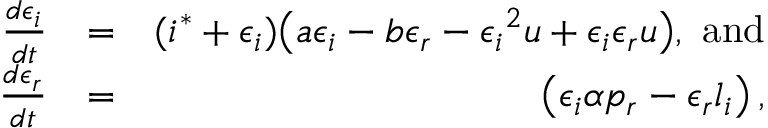
\begin{array} { r l r } { \frac { d \epsilon _ { i } } { d t } } & { = } & { ( i ^ { * } + \epsilon _ { i } ) \big ( a \epsilon _ { i } - b \epsilon _ { r } - { \epsilon _ { i } } ^ { 2 } u + \epsilon _ { i } \epsilon _ { r } u \big ) , \mathrm { ~ a n d } } \\ { \frac { d \epsilon _ { r } } { d t } } & { = } & { \left( \epsilon _ { i } \alpha p _ { r } - \epsilon _ { r } l _ { i } \right) , } \end{array}